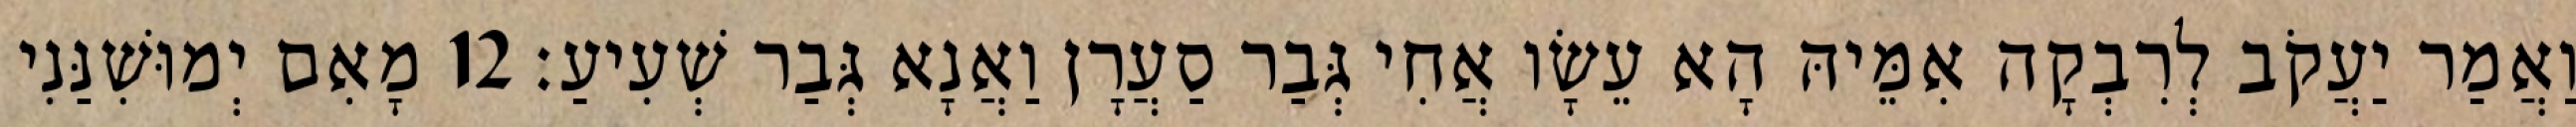
וַאֲמַר יַעֲקֹב לְרִבְקָה אִמֵּיהּ הָא עֵשָׂו אֲחִי גְּבַר סַעֲרָן וַאֲנָא גְּבַר שְׁעִיעַ׃ 12 מָאִם יְמוּשִׁנַּנִי